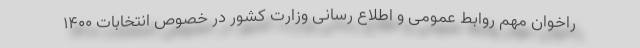
راخوان مهم روابط عمومی و اطلاع رسانی وزارت کشور در خصوص انتخابات ۱۴۰۰